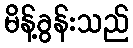
မိန့်ခွန်းသည်